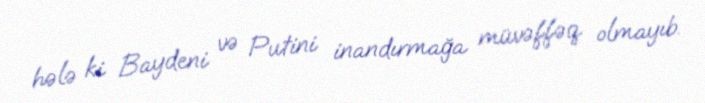
hələ ki Baydeni və Putini inandırmağa müvəffəq olmayıb.